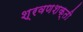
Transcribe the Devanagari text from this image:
श्रवणशक्ती